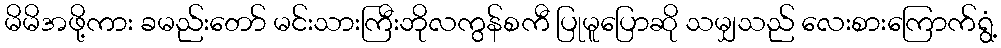
မိမိအဖို့ကား ခမည်းတော် မင်းသားကြီးဘိုလကွန်စကီ ပြုမူပြောဆို သမျှသည် လေးစားကြောက်ရွံ့